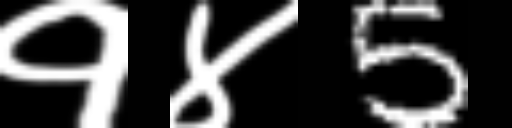
Text: १४5